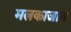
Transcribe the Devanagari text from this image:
मलकाजान